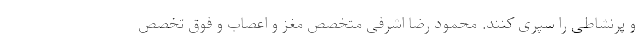
و پرنشاطی را سپری کنند. محمود رضا اشرفی متخصص مغز و اعصاب و فوق تخصص